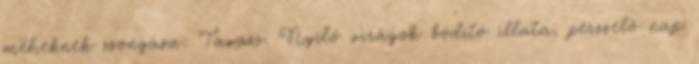
méheknek zsongása: Tavasz. Nyíló virágok bódító illata, perzselő nap